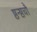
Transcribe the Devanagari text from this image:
ष्ठन्ष्ठचौ